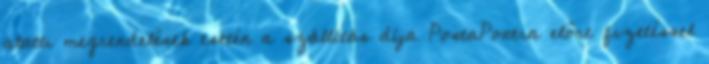
alatti megrendelések esetén a szállítás díja PostaPontra előre fizetéssel